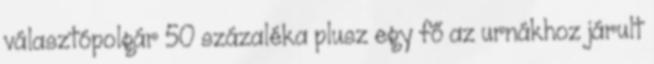
választópolgár 50 százaléka plusz egy fő az urnákhoz járult